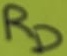
Text: RD